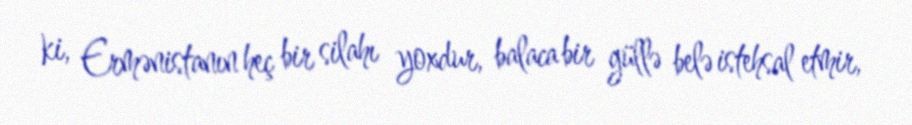
ki, Ermənistanın heç bir silahı yoxdur, balaca bir güllə belə istehsal etmir,